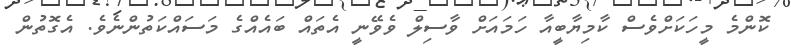
ކޮންމެ މީހަކަށްވެސް ކާމިޔާބީއާ ހަމައަށް ވާސިލް ވެވޭނީ އެތައް ބައެއްގެ މަސައްކަތުންނެވެ. އެގޮތުން